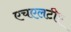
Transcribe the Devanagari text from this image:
एचएलटीए